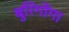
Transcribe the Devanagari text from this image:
बुरिगोंगा